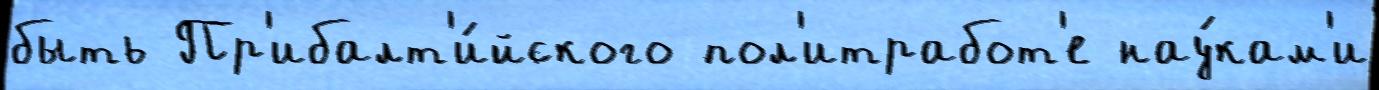
быть Пр'ибалт'и́йского пол'итработ'е нау́кам'и